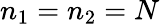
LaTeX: n_{1}=n_{2}=N